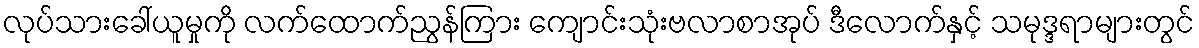
လုပ်သားခေါ်ယူမှုကို လက်ထောက်ညွန်ကြား ကျောင်းသုံးဗလာစာအုပ် ဒီလောက်နှင့် သမုဒ္ဒရာများတွင်